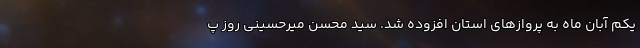
یکم آبان ماه به پروازهای استان افزوده شد. سید محسن میرحسینی روز پ